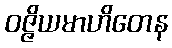
ဝဇ္ဇိယမာဟိတေန